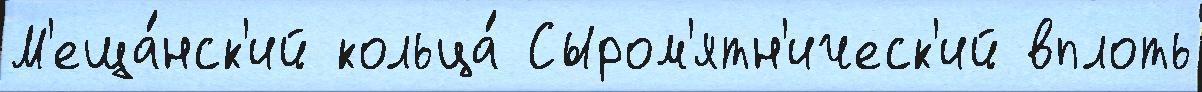
М'еща́нск'ий кольца́ Сыром'ятн'ическ'ий вплоть